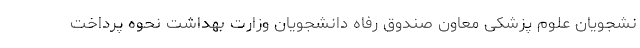
نشجویان علوم پزشکی معاون صندوق رفاه دانشجویان وزارت بهداشت نحوه پرداخت